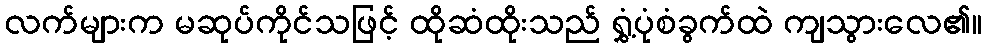
လက်များက မဆုပ်ကိုင်သဖြင့် ထိုဆံထိုးသည် ရွှံ့ပုံစံခွက်ထဲ ကျသွားလေ၏။